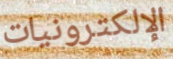
الإلكترونيات